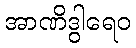
အာဏိဒွါရေဝ